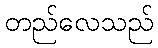
တည်လေသည်